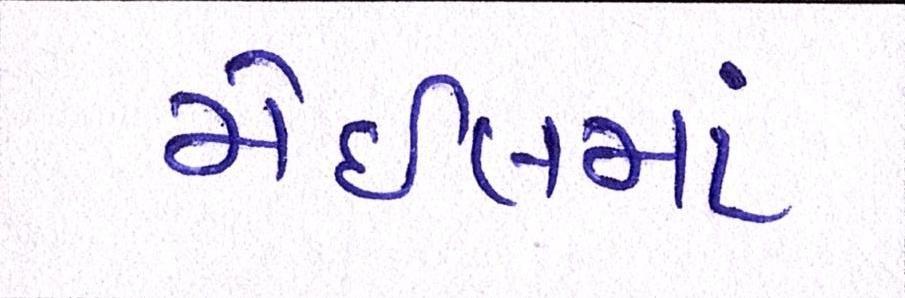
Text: મેઇલમાં